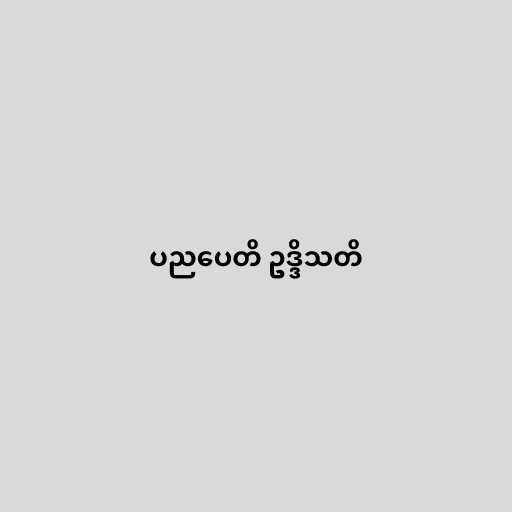
ပညပေတိ ဥဒ္ဒိသတိ